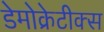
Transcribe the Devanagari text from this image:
डेमोक्रेटीक्स